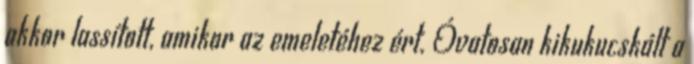
akkor lassított, amikor az emeletéhez ért. Óvatosan kikukucskált a